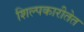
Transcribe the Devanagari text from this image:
शिल्पकारीतेत